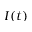
I ( t )